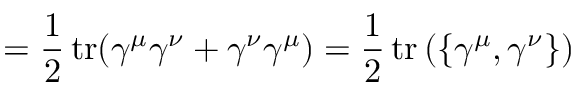
= { \frac { 1 } { 2 } } \operatorname { t r } ( \gamma ^ { \mu } \gamma ^ { \nu } + \gamma ^ { \nu } \gamma ^ { \mu } ) = { \frac { 1 } { 2 } } \operatorname { t r } \left( \left\{ \gamma ^ { \mu } , \gamma ^ { \nu } \right\} \right)